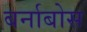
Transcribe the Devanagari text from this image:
बर्नाबोस